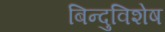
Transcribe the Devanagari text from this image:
बिन्दुविशेष